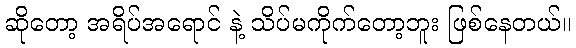
ဆိုတော့ အရိပ်အရောင် နဲ့ သိပ်မကိုက်တော့ဘူး ဖြစ်နေတယ်။